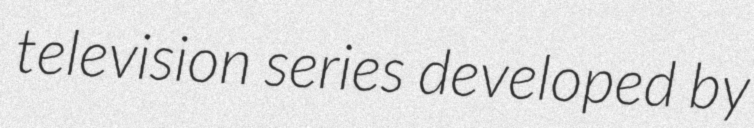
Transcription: television series developed by